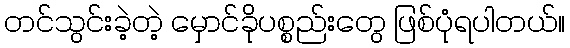
တင်သွင်းခဲ့တဲ့ မှောင်ခိုပစ္စည်းတွေ ဖြစ်ပုံရပါတယ်။